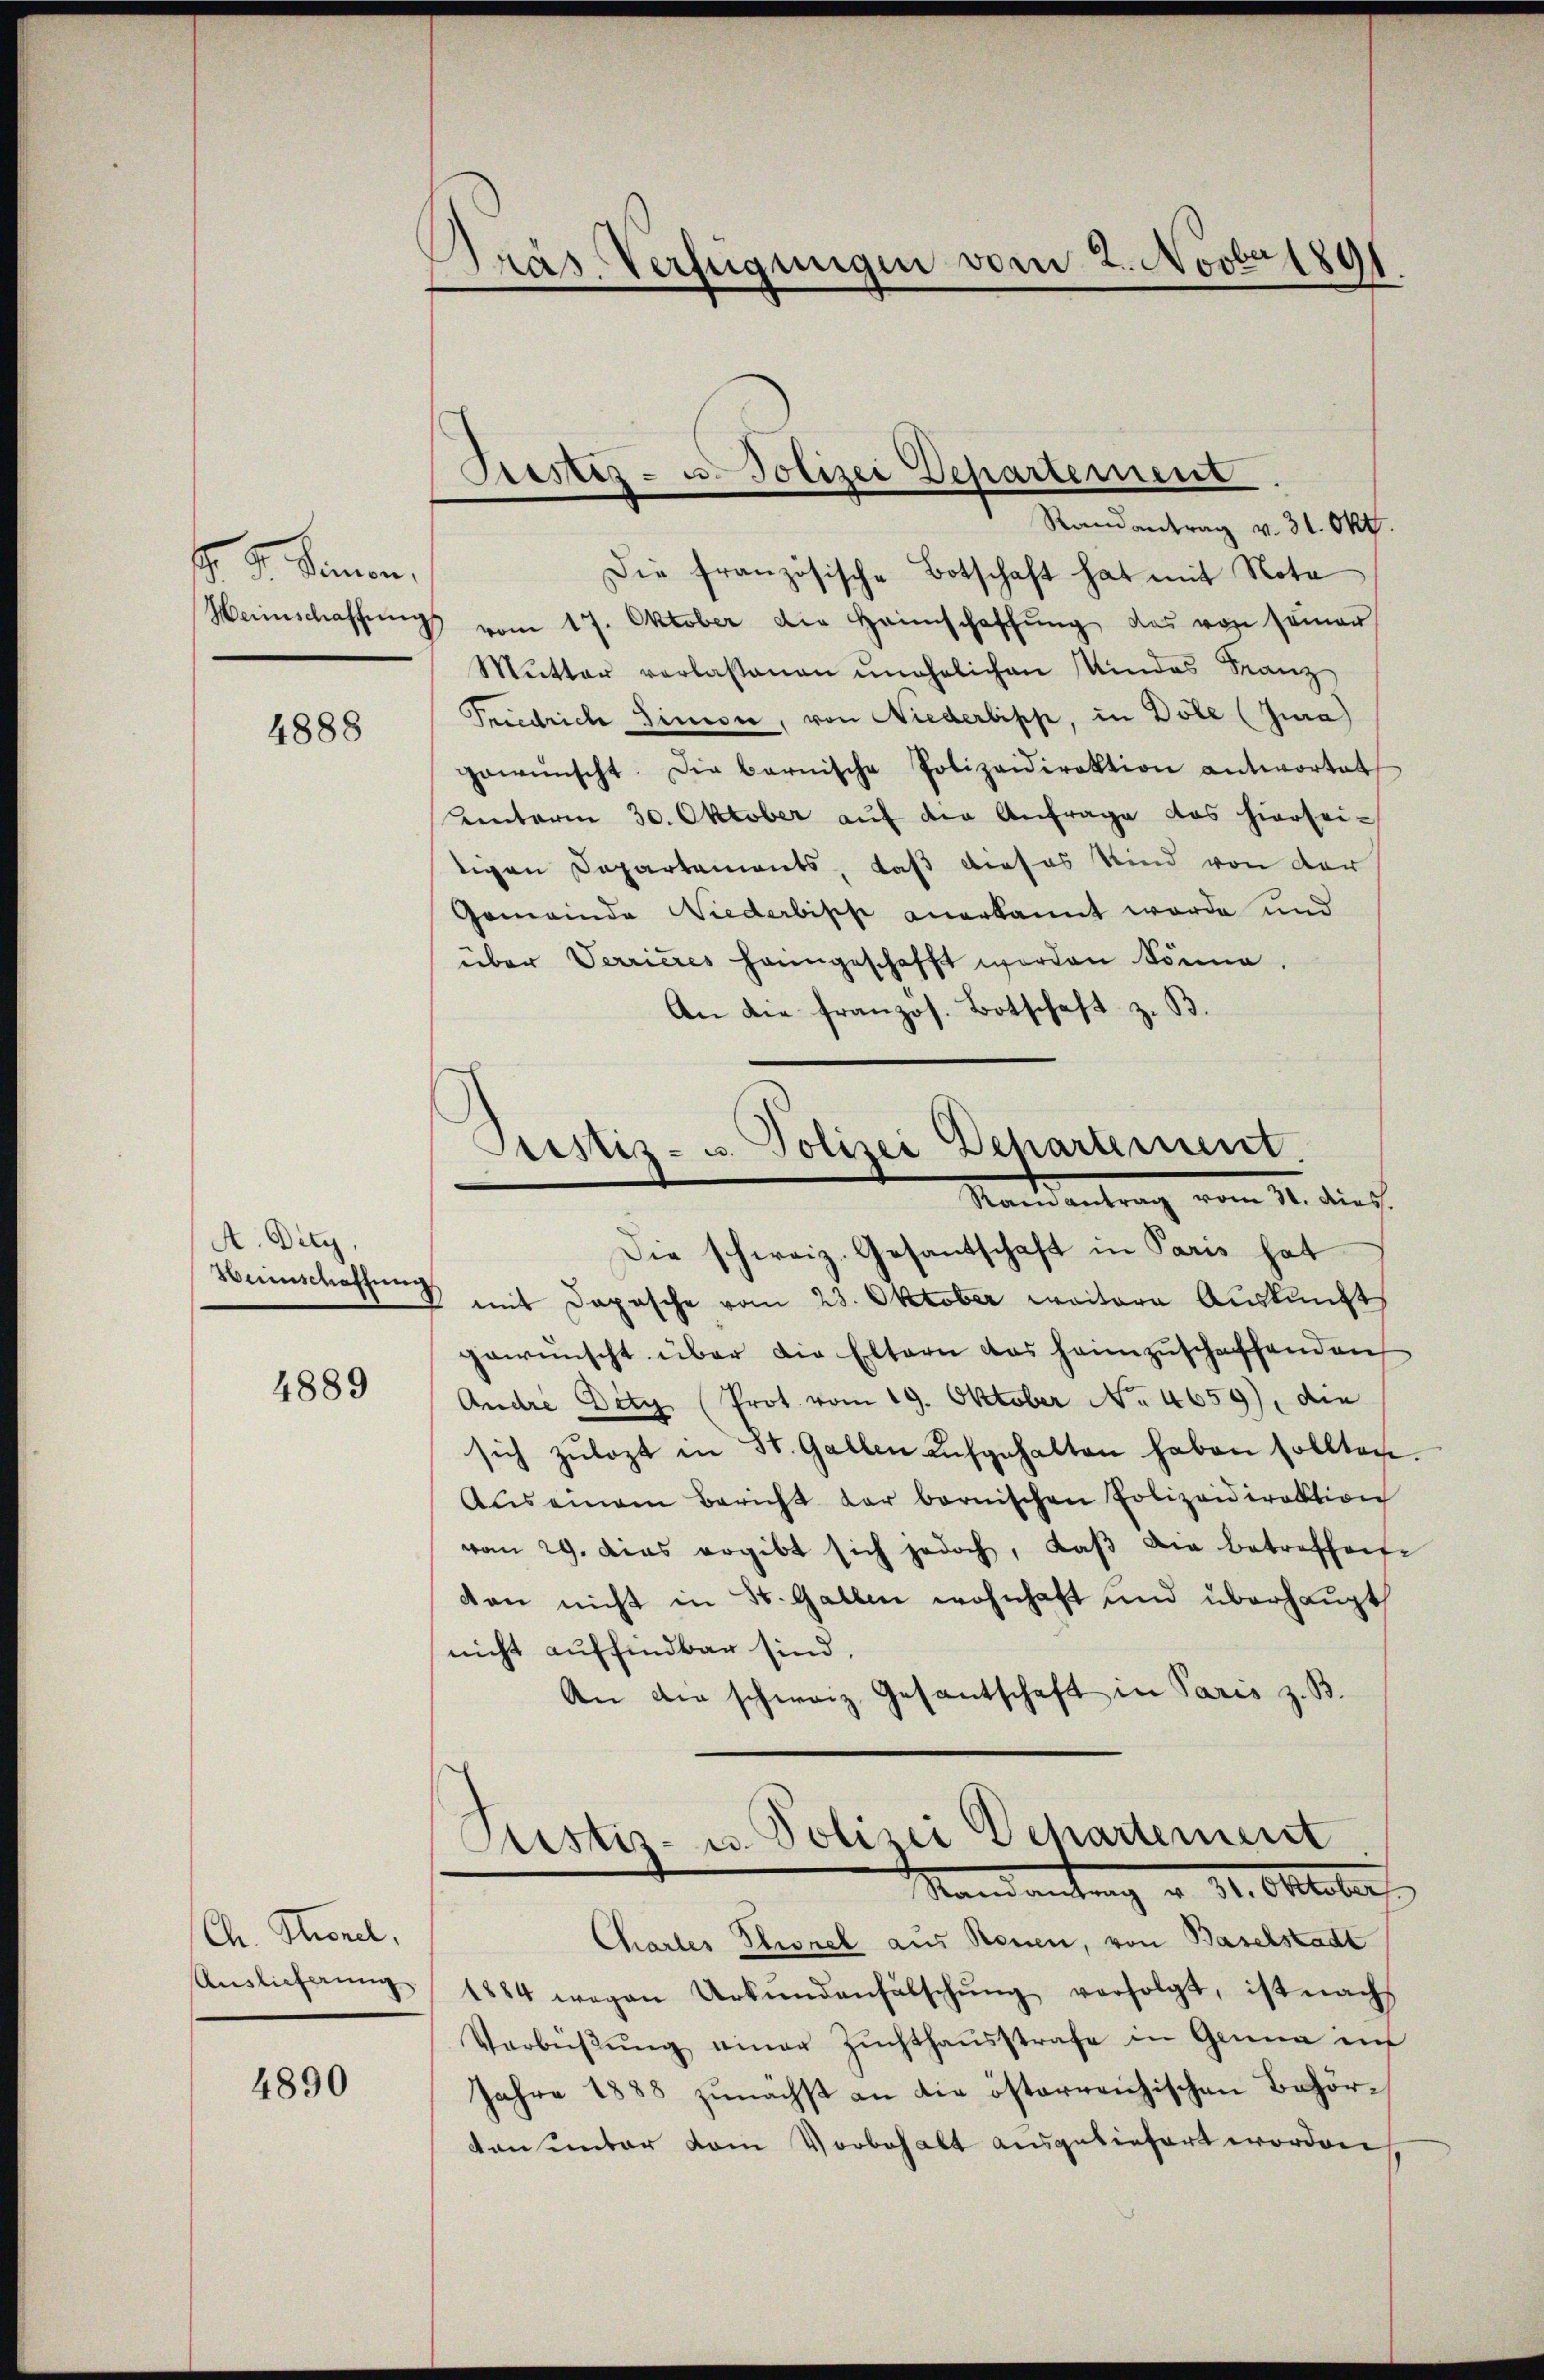
. G. Sanen,
Heimschaffŭng

4888

A. Dity,
Wunschaftung

4889

Ch. Sternel,
Auslieferung

4890

Pras Verfügungen vom 2. Novbr 1891

Siestes- u. Polizei Departement.
Randantrag v. 31. Okt.

Die französische Botschaft hat mit Nota
vom 17. Oktober die Heimschaffung das von seiner
Mŭtter verlassenen unehelichen Mindes Franz
Friedrich Sinesie, von Niederbiss, in Dole (Jura)
gewünscht. Die barnische Polizeidirektion antwortet
Kenterm 30. Oktober aŭf der Anfrage das hierseitigen Departements, daß dieses Kind von der
Gemeinde Niederbische anerkannt werde und
über Terrieres hanngeschafft worden könne.
An die französ. Botschaft z. B

Justiz- u. Polizei Departement.
Mandantrag vom 11. dies
Die schweiz. Gesantschaft in Paris hat

mit Dapasche vom 23. Oktober weitere Auskunft
gewünscht über die Eltern das heimzuschaffenden
Andre Dety (Prot. vom 19. Oktober No. 4659), die
sich zŭbezt in St. Gallen aŭfgehalten haben sollten.
Auseinem Bericht der bernischen Polizeidirektion
vom 29. Das ergibt sich jedoch, daβ die betreffene
dan nicht in St. Gallen wohnhaft und überhaupt
nicht auffindbar sind.
An die schweiz. Gesantschaft in Paris z. B.
Justiz- u. Polizei chartement
Stand antrag v. 31. Oktober
Chartes Plionel aus Neuen, von Baselstadt
1884 wegen Urkundenfälschŭng verfolgt, ist nachs
Verbüβŭng einer Zŭchthaŭsstrafe in Ganna in
Jahre 1888 zunächst an die österreichischen Behörten unter vom Vorbehalt ausgeliefert worden